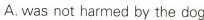
A. was not harmed by the dog